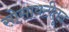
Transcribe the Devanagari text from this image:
सोसायटीतून